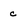
Character: c